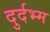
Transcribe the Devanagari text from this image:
दुर्दभ्म